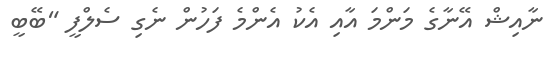
ނާއިޝް އޭނާގެ މަންމަ އާއި އެކު އެންމެ ފަހުން ނެގި ސެލްފީ "ބޭބީ